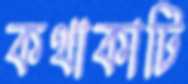
কথাকাটি